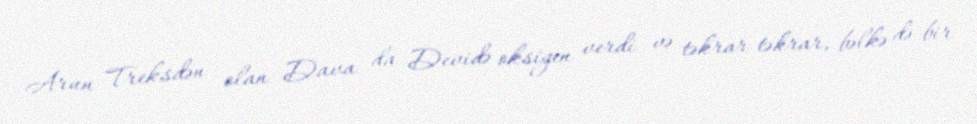
Arun Treksdən olan Dava da Devidə oksigen verdi və təkrar-təkrar, bəlkə də bir